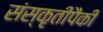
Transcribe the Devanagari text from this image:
संस्कृतीपैकी